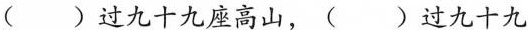
( )过九十九座高山，( )过九十九